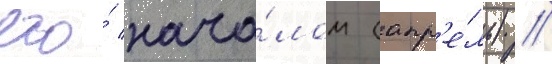
его́ нача́лом (апр'е́ль) //